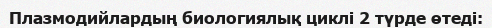
Плазмодийлардың биологиялық циклі 2 түрде өтеді: